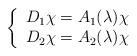
LaTeX: \begin{align*}\left\{\begin{array}{l}D_1 \chi=A_1( \lambda) \chi\\D_2 \chi=A_2( \lambda) \chi\end{array}\right.\end{align*}